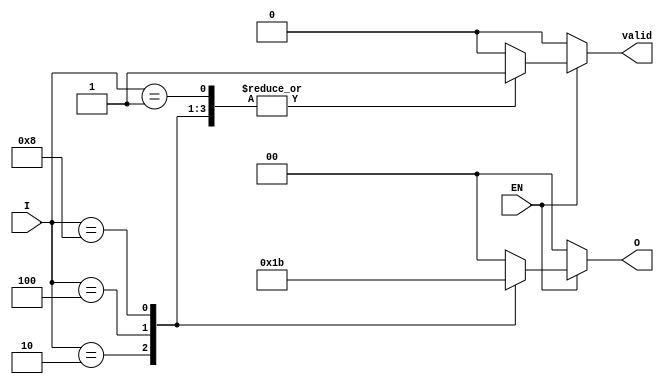
module encoder_1_of_n (
    input wire EN,          // Enable input
    input wire [3:0] I,    // 4 input lines
    output reg [1:0] O,    // 2 output lines
    output reg valid        // Output valid signal
);

    always @(*) begin
        // Default output
        O = 2'b00; // Default output when no input is active
        valid = 1'b0; // Default valid signal

        if (EN) begin // Check if the encoder is enabled
            case (I)
                4'b0001: begin O = 2'b00; valid = 1'b1; end // Input 0 active
                4'b0010: begin O = 2'b01; valid = 1'b1; end // Input 1 active
                4'b0100: begin O = 2'b10; valid = 1'b1; end // Input 2 active
                4'b1000: begin O = 2'b11; valid = 1'b1; end // Input 3 active
                default: begin O = 2'b00; valid = 1'b0; end // No input active or invalid state
            endcase
        end else begin
            O = 2'b00; // If not enabled, output remains default
            valid = 1'b0; // Not valid when disabled
        end
    end

endmodule